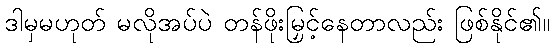
ဒါမှမဟုတ် မလိုအပ်ပဲ တန်ဖိုးမြှင့်နေတာလည်း ဖြစ်နိုင်၏။